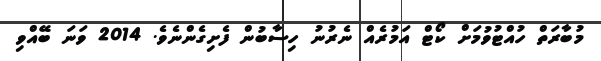
މުބާރަތް ހުއްޓުވުމަށް ކޯޓް އަމުރެއް ނެރުނު ހިސާބުން ފެށިގެންނެވެ. 2014 ވަނަ ބޭއްވި